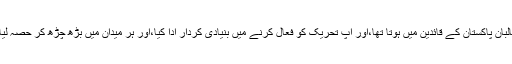
مولانا موصوف کا شمار تحریک طالبان پاکستان کے قائدین میں ہوتا تھا،اور آپ تحریک کو فعال کرنے میں بنیادی کردار ادا کیا،اور ہر میدان میں بڑھ چڑھ کر حصہ لیا،اور ہر خدمت میں پیش پیش رہے۔